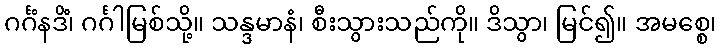
ဂင်္ဂံနဒိံ၊ ဂင်္ဂါမြစ်သို့။ သန္ဒမာနံ၊ စီးသွားသည်ကို။ ဒိသွာ၊ မြင်၍။ အမစ္စေ၊